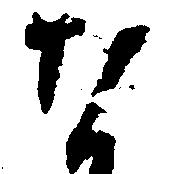
な